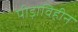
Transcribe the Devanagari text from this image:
पीड़ाविहीन